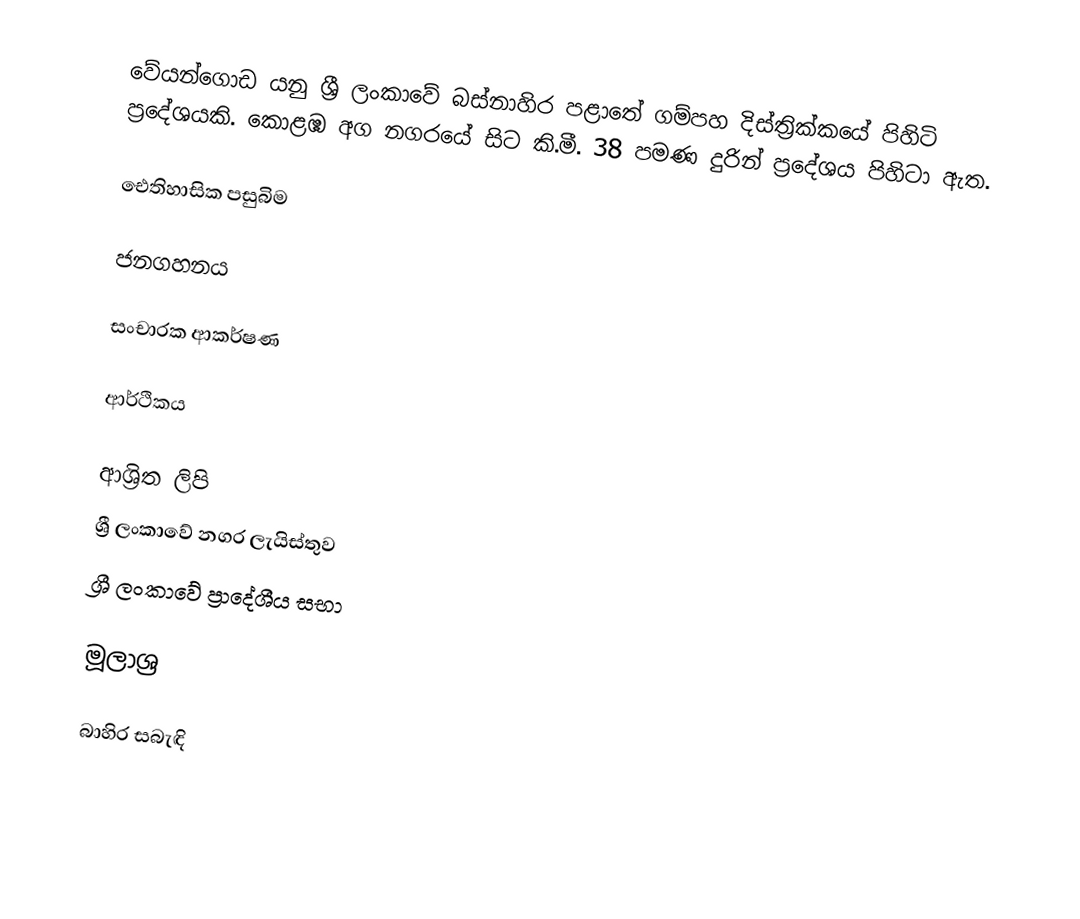
වේයන්ගොඩ යනු ශ්‍රී ලංකාවේ බස්නාහිර පළාතේ ගම්පහ දිස්ත්‍රික්කයේ පිහිටි ප්‍රදේශයකි. කොළඹ අග නගරයේ සිට කි.මී. 38 පමණ දුරින් ප්‍රදේශය පිහිටා ඇත.

ඓතිහාසික පසුබිම

ජනගහනය

සංචාරක ආකර්ෂණ

ආර්ථිකය

ආශ්‍රිත ලිපි
 ශ්‍රී ලංකාවේ නගර ලැයිස්තුව
 ශ්‍රී ලංකාවේ ප්‍රාදේශීය සභා

මූලාශ්‍ර

බාහිර සබැඳි